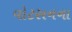
વોટસનના